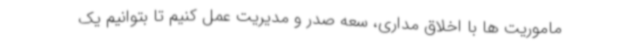
ماموریت ها با اخلاق مداری، سعه صدر و مدیریت عمل کنیم تا بتوانیم یک